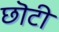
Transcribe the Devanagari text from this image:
छॊटी